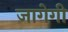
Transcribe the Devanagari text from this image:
जागेगी